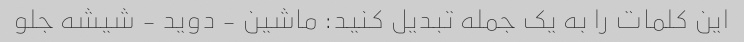
این کلمات را به یک جمله تبدیل کنید: ماشین - دوید - شیشه جلو